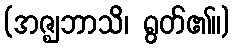
(အဇ္ဈဘာသိ၊ ရွတ်၏။)